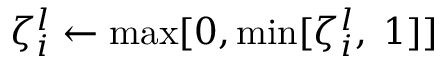
\zeta _ { i } ^ { l } \gets \operatorname* { m a x } [ 0 , \operatorname* { m i n } [ \zeta _ { i } ^ { l } , \; 1 ] ]